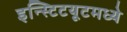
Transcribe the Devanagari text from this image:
इन्स्टिटयूटमध्ये